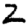
Digit: 2